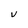
Character: V